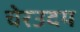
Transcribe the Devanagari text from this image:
चेरउदय